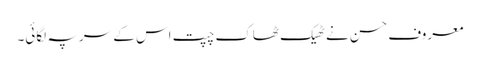
معروف حسن نے ٹھیک ٹھاک چپت اس کے سر پہ لگائی۔